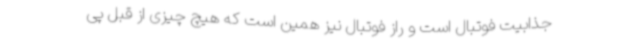
جذابیت فوتبال است و راز فوتبال نیز همین است که هیچ چیزی از قبل پی